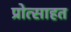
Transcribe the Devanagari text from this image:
प्रोत्साहत